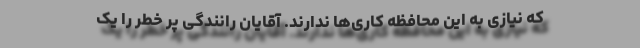
که نیازی به این محافظه کاری‌ها ندارند. آقایان رانندگی پر خطر را یک